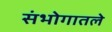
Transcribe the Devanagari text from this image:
संभोगातले